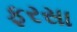
ફરસા